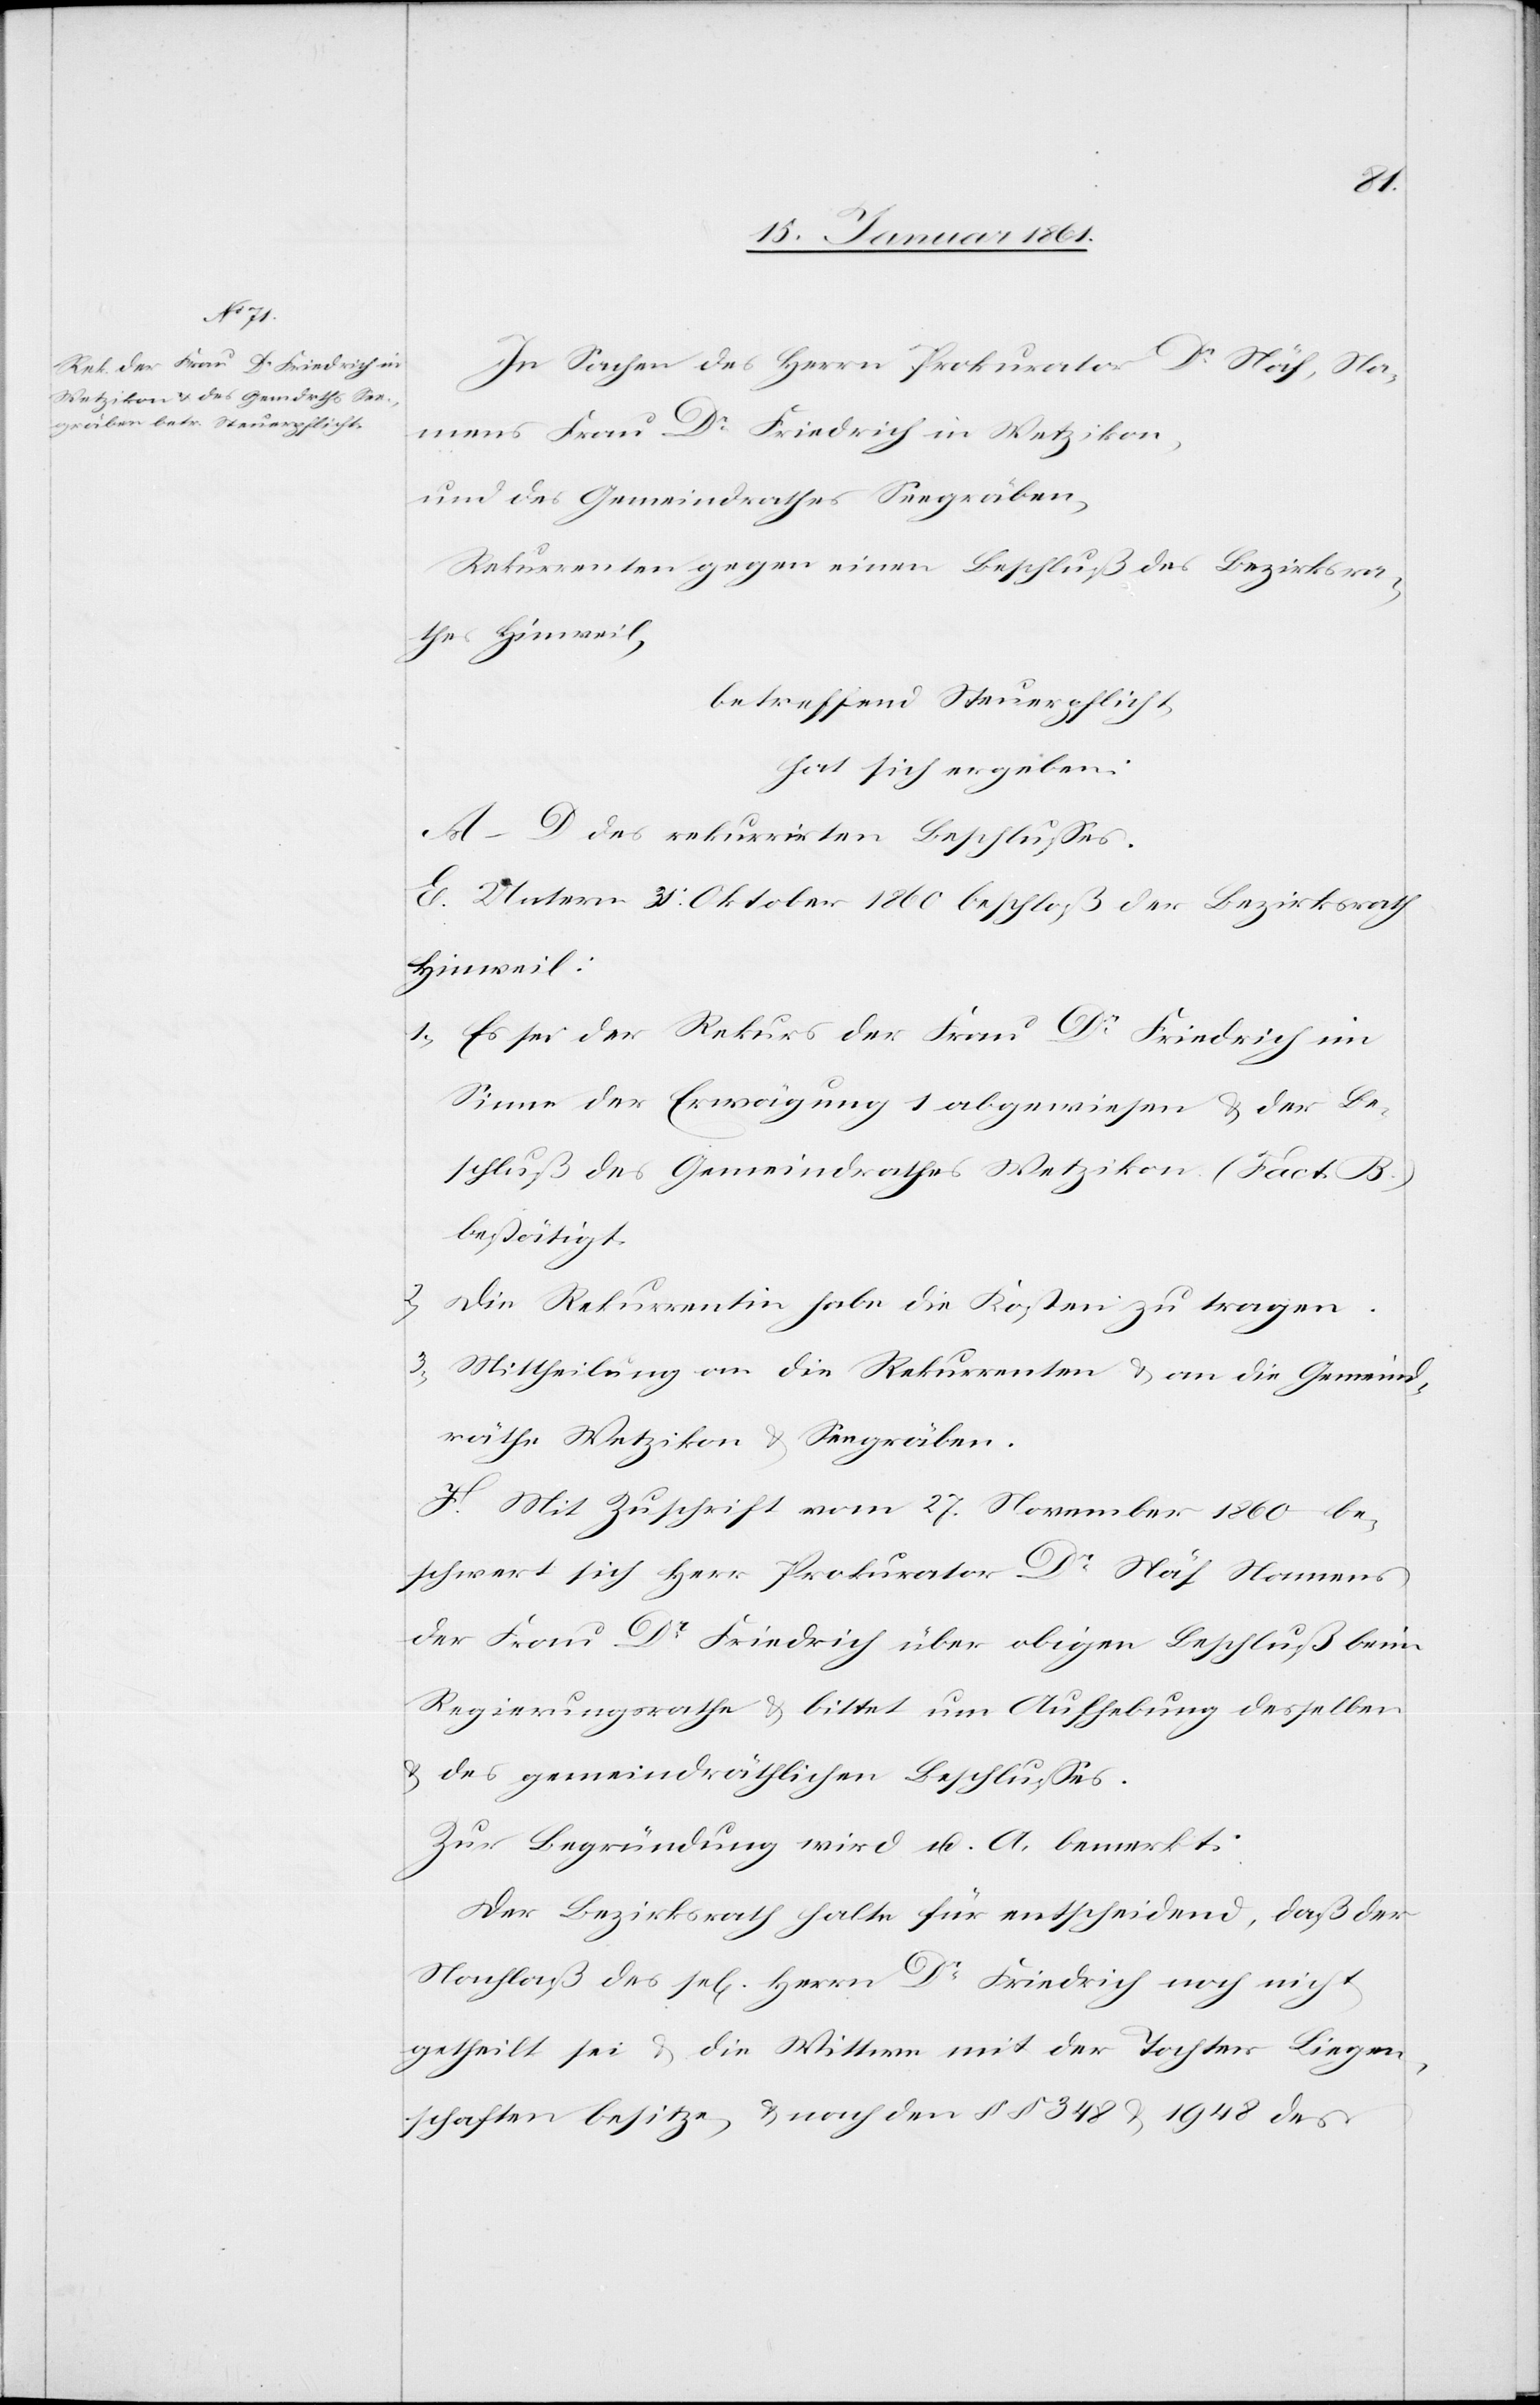
In Sachen des Herrn Prokurator Dr. Näf, Na¬
mens Frau Dr. Friedrich in Wetzikon,
und des Gemeindrathes Seegräben,
Rekurrenten gegen einen Beschluß des Bezirksra¬
thes Hinweil,
betreffend Steuerpflicht,
hat sich ergeben:
A–D des rekurrirten Beschlusses.
E. Unterm 31. Oktober 1860 beschloß der Bezirksrath
Hinweil:
1) Es sei der Rekurs der Frau Dr. Friedrich im
Sinne der Erwägung 1 abgewiesen u. der Be¬
schluß des Gemeindrathes Wetzikon (Fact. B)
beseitigt.
2) Die Rekurrentin habe die Kosten zu tragen.
3) Mittheilung an die Rekurrenten u. an die Gemeind¬
räthe Wetzikon u. Seegräben.
F. Mit Zuschrift vom 27. November 1860 be¬
schwert sich Herr Prokurator Dr. Näf Namens
der Frau Dr. Friedrich über obigen Beschluß beim
Regierungsrathe u. bittet um Aufhebung desselben
u. des gemeindräthlichen Beschlusses.
Zur Begründung wird u. A. bemerkt:
Der Bezirksrath halte für entscheidend, daß der
Nachlaß des sel[igen] Herrn Dr. Friedrich noch nicht
getheilt sei u. die Wittwe mit der Tochter Liegen¬
schaften besitze, u. nach den §§. 348 u. 1948 des